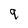
Character: 9